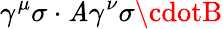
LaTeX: \gamma^{\mu}\sigma\cdot\mathit{A}\gamma^{\nu}\sigma\cdotB